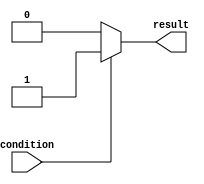
module behavioral_modeling(
    input wire condition,
    output reg result
);

initial begin
    if (condition) begin
        // Define initial condition or behavior
        result = 1;
    end else begin
        // Define alternative initial condition or behavior
        result = 0;
    end
end

endmodule